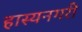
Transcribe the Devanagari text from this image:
हास्यनगरी